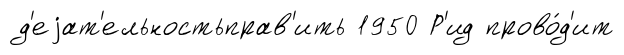
д'еjат'ельностьправ'ить 1950 Р'ид прово́д'ит